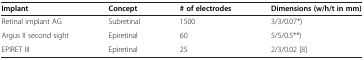
<table><thead><tr><td><b>Implant</b></td><td><b>Concept</b></td><td><b># of electrodes</b></td><td><b>Dimensions (w/h/t in mm)</b></td></tr></thead><tbody><tr><td>Retinal implant AG</td><td>Subretinal</td><td>1500</td><td>3/3/0.07*)</td></tr><tr><td>Argus II second sight</td><td>Epiretinal</td><td>60</td><td>5/5/0.5**)</td></tr><tr><td>EPIRET III</td><td>Epiretinal</td><td>25</td><td>2/3/0.02 [8]</td></tr></tbody></table>